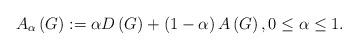
LaTeX: \begin{align*}A_{\alpha}\left( G\right) :=\alpha D\left( G\right) +\left(1-\alpha\right) A\left( G\right) ,0\leq\alpha\leq1. \end{align*}